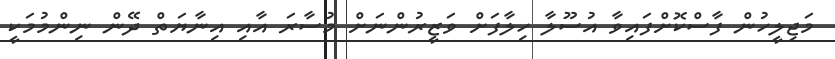
މަޖިލީހުން ފާސްކޮށްފައިވާ އުސޫލާ ހިލާފަށް ވަޒީރުންނަށް މުސާރަ އާއި އިނާޔަތް ދޭން ނިންމުމަކީ